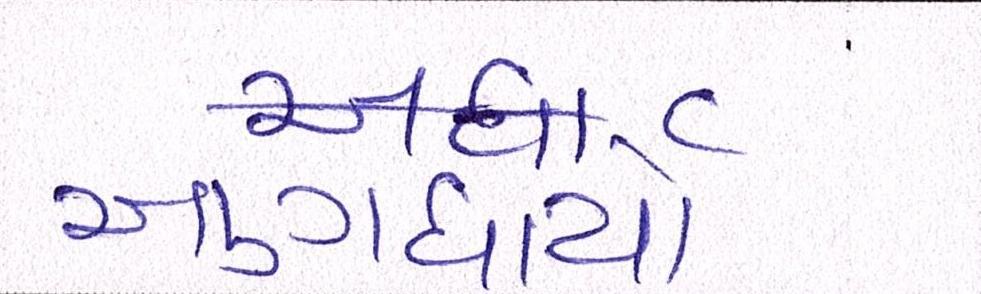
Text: અણધાર્યો